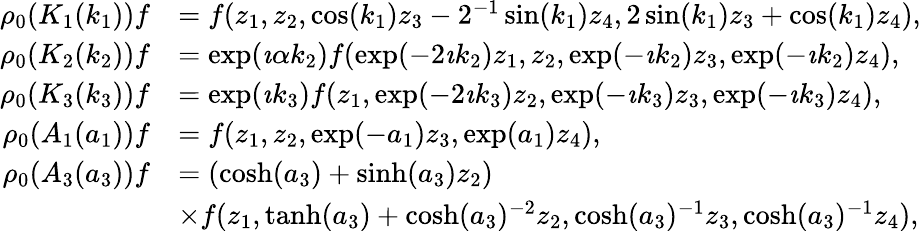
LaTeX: \begin{array}{rl}{\rho_{0}(K_{1}(k_{1}))f}&{=f(z_{1},z_{2},\cos(k_{1})z_{3}-2^{-1}\sin(k_{1})z_{4},2\sin(k_{1})z_{3}+\cos(k_{1})z_{4}),}\\ {\rho_{0}(K_{2}(k_{2}))f}&{=\exp(\imath\alpha k_{2})f(\exp(-2\imath k_{2})z_{1},z_{2},\exp(-\imath k_{2})z_{3},\exp(-\imath k_{2})z_{4}),}\\ {\rho_{0}(K_{3}(k_{3}))f}&{=\exp(\imath k_{3})f(z_{1},\exp(-2\imath k_{3})z_{2},\exp(-\imath k_{3})z_{3},\exp(-\imath k_{3})z_{4}),}\\ {\rho_{0}(A_{1}(a_{1}))f}&{=f(z_{1},z_{2},\exp(-a_{1})z_{3},\exp(a_{1})z_{4}),}\\ {\rho_{0}(A_{3}(a_{3}))f}&{=(\cosh(a_{3})+\sinh(a_{3})z_{2})}\\ &{\times f(z_{1},\operatorname{tanh}(a_{3})+\cosh(a_{3})^{-2}z_{2},\cosh(a_{3})^{-1}z_{3},\cosh(a_{3})^{-1}z_{4}),}\end{array}